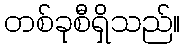
တစ်ခုစီရှိသည်။